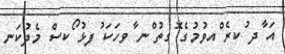
އަ ާދ ުކރެ ްއވުމުގެ ޮގތު ްނ ާވހަކަ ުފޅު ޯކސް މެދުކަނ